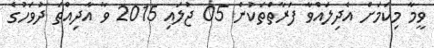
ވީމާ މިކަމަށް އެދިލައްވާ ފަރާތްތަކުން 05 ޖުލައި 2015 ވާ އާދިއްތަ ދުވަހުގެ